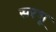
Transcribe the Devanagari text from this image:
सरभू